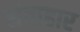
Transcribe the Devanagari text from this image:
संताहार